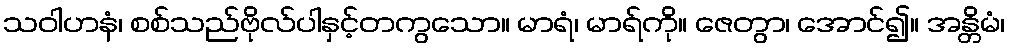
သဝါဟနံ၊ စစ်သည်ဗိုလ်ပါနှင့်တကွသော။ မာရံ၊ မာရ်ကို။ ဇေတွာ၊ အောင်၍။ အန္တိမံ၊